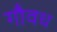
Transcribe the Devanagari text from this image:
गौवध